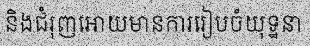
និងជំរុញអោយមានការរៀបចំយុទ្ឋនា